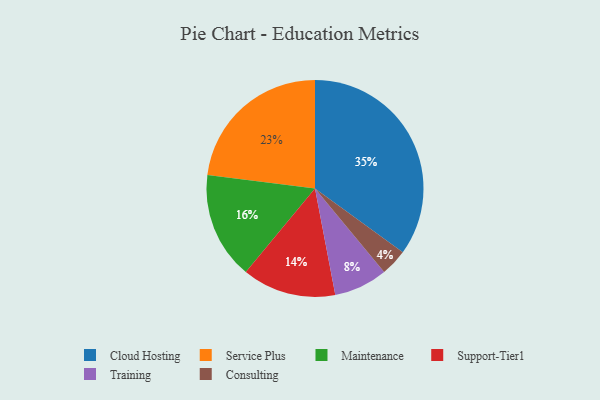
{"axis": {"x": "Category", "y": "Percentage"}, "legend": ["Cloud Hosting", "Consulting", "Maintenance", "Service Plus", "Support-Tier1", "Training"], "data": [{"x": "Support-Tier1", "y": 14, "type": "Support-Tier1"}, {"x": "Maintenance", "y": 16, "type": "Maintenance"}, {"x": "Service Plus", "y": 23, "type": "Service Plus"}, {"x": "Training", "y": 8, "type": "Training"}, {"x": "Consulting", "y": 4, "type": "Consulting"}, {"x": "Cloud Hosting", "y": 35, "type": "Cloud Hosting"}]}